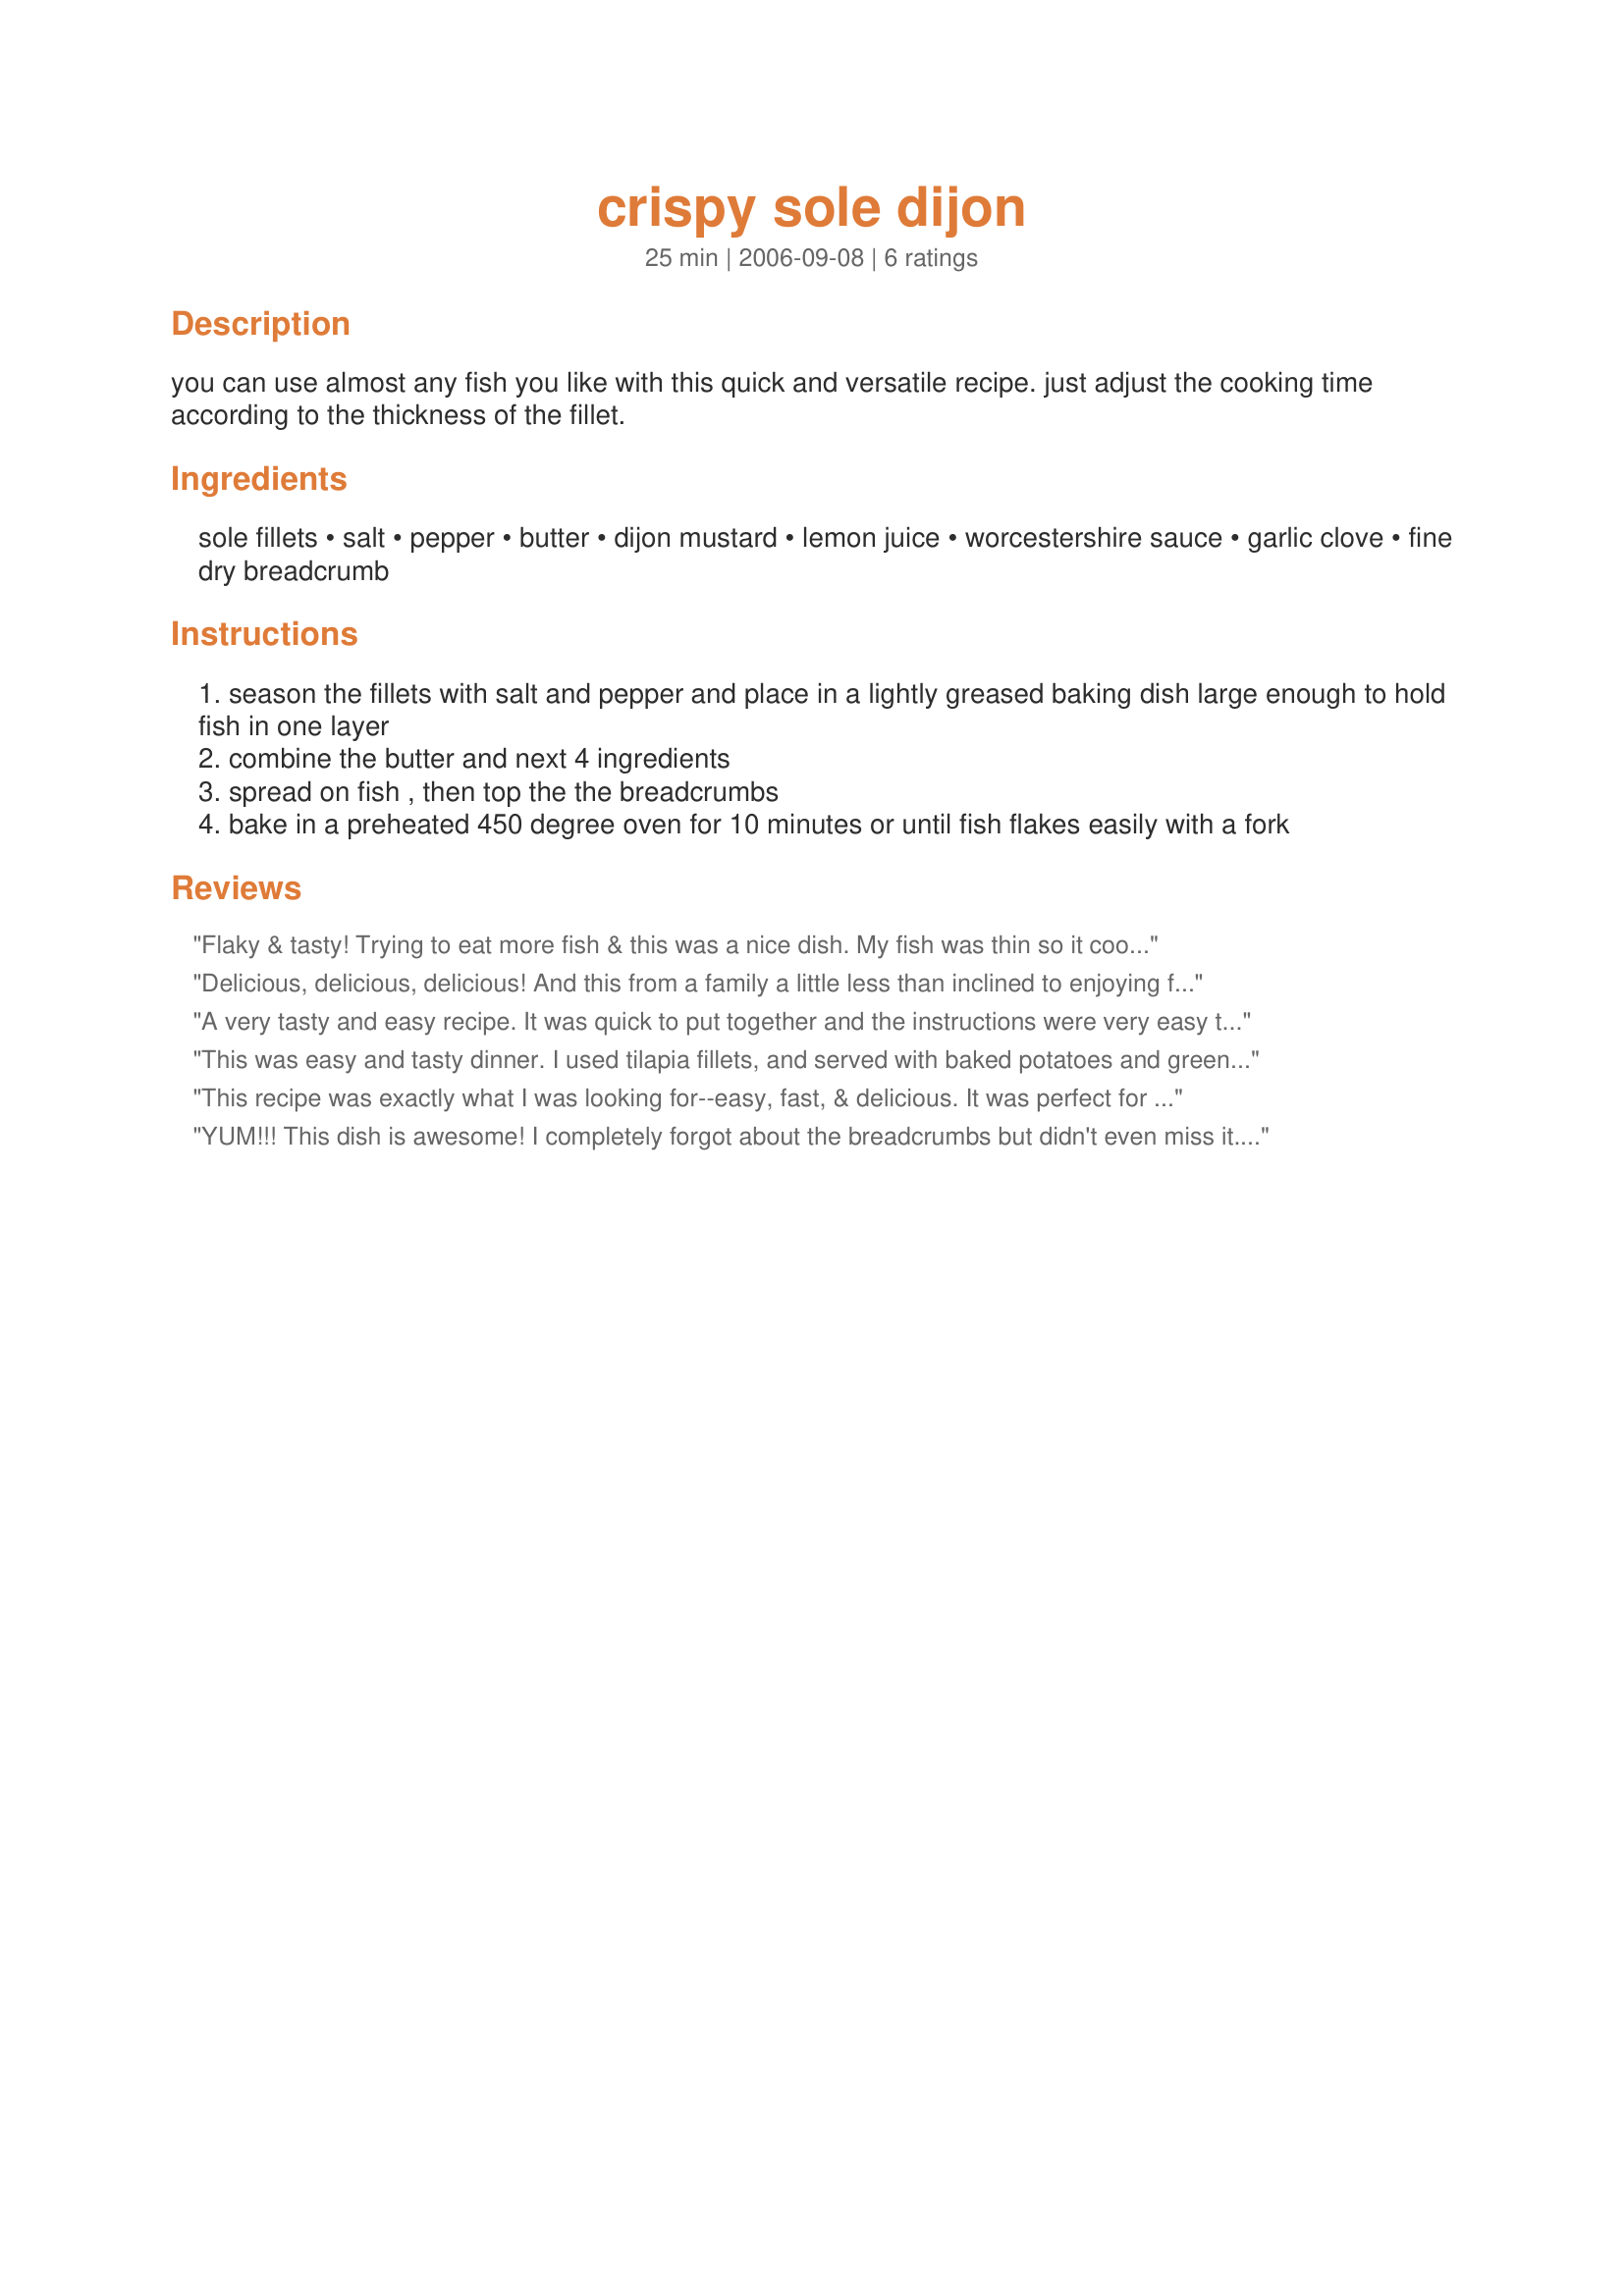
crispy sole dijon
Preparation time: 25 minutes

you can use almost any fish you like with this quick and versatile recipe. just adjust the cooking time according to the thickness of the fillet.

Ingredients:
sole fillets, salt, pepper, butter, dijon mustard, lemon juice, worcestershire sauce, garlic clove, fine dry breadcrumb

Steps:
season the fillets with salt and pepper and place in a lightly greased baking dish large enough to hold fish in one layer
combine the butter and next 4 ingredients
spread on fish , then top the the breadcrumbs
bake in a preheated 450 degree oven for 10 minutes or until fish flakes easily with a fork

Reviews:
Flaky & tasty! Trying to eat more fish & this was a nice dish. My fish was thin so it cooked quickly & the crumbs did not have time to crisp up so I broiled for a couple of minutes & this worked great. Thanks.
Delicious, delicious, delicious! And this from a family a little less than inclined to enjoying fish! I made this with roughy, as it is what I happened to have on hand. I will be making this recipe very often. I love the crispness of the crust and the pungent flavors of the worchestershire sauce and the mustard. If I could give this more stars, I would. It really deserves it. Thanks for sharing, Geema! =D
A very tasty and easy recipe. It was quick to put together and the instructions were very easy to follow. The baking temp and time were perfect! I used some Planko breadcrumbs and they were excellent -- such a nice crunch to go along with the tenderness and smoothness of the sole. The sole stayed very moist. I had some organic Meyer lemons and that was ALL this fish needed when serving. Thank you -- it's so nice to know I have this quick, easy and delicious recipe in my collection.
This was easy and tasty dinner. I used tilapia fillets, and served with baked potatoes and green beans.
This recipe was exactly what I was looking for--easy, fast, & delicious. It was perfect for a busy weeknight. I didn't add the breadcrumbs as I don't eat bread anymore, but I didn't miss them at all as the sauce was fantastic. Thanks for a great recipe!
YUM!!! This dish is awesome! I completely forgot about the breadcrumbs but didn't even miss it. The sauce is fantastic, I will be making this again and again. Thanks!!
